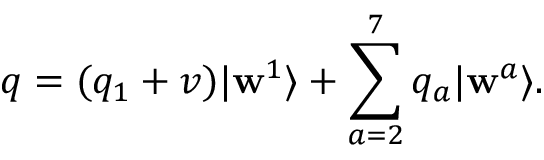
q = ( q _ { 1 } + v ) | \mathbf { w } ^ { 1 } \rangle + \sum _ { a = 2 } ^ { 7 } { q _ { a } | \mathbf { w } ^ { a } \rangle } .